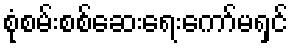
စုံစမ်းစစ်ဆေးရေးကော်မရှင်